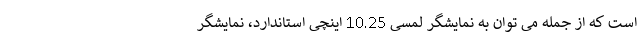
است که از جمله می توان به نمایشگر لمسی 10.25 اینچی استاندارد، نمایشگر